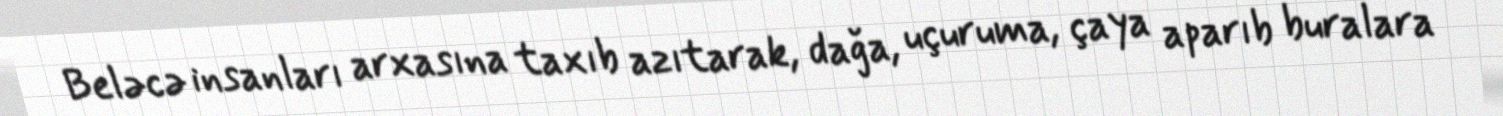
Beləcə insanları arxasına taxıb azıtarak, dağa, uçuruma, çaya aparıb buralara